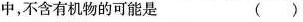
中，不含有机物的可能是 ( )